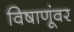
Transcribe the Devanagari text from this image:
विषाणूंवर